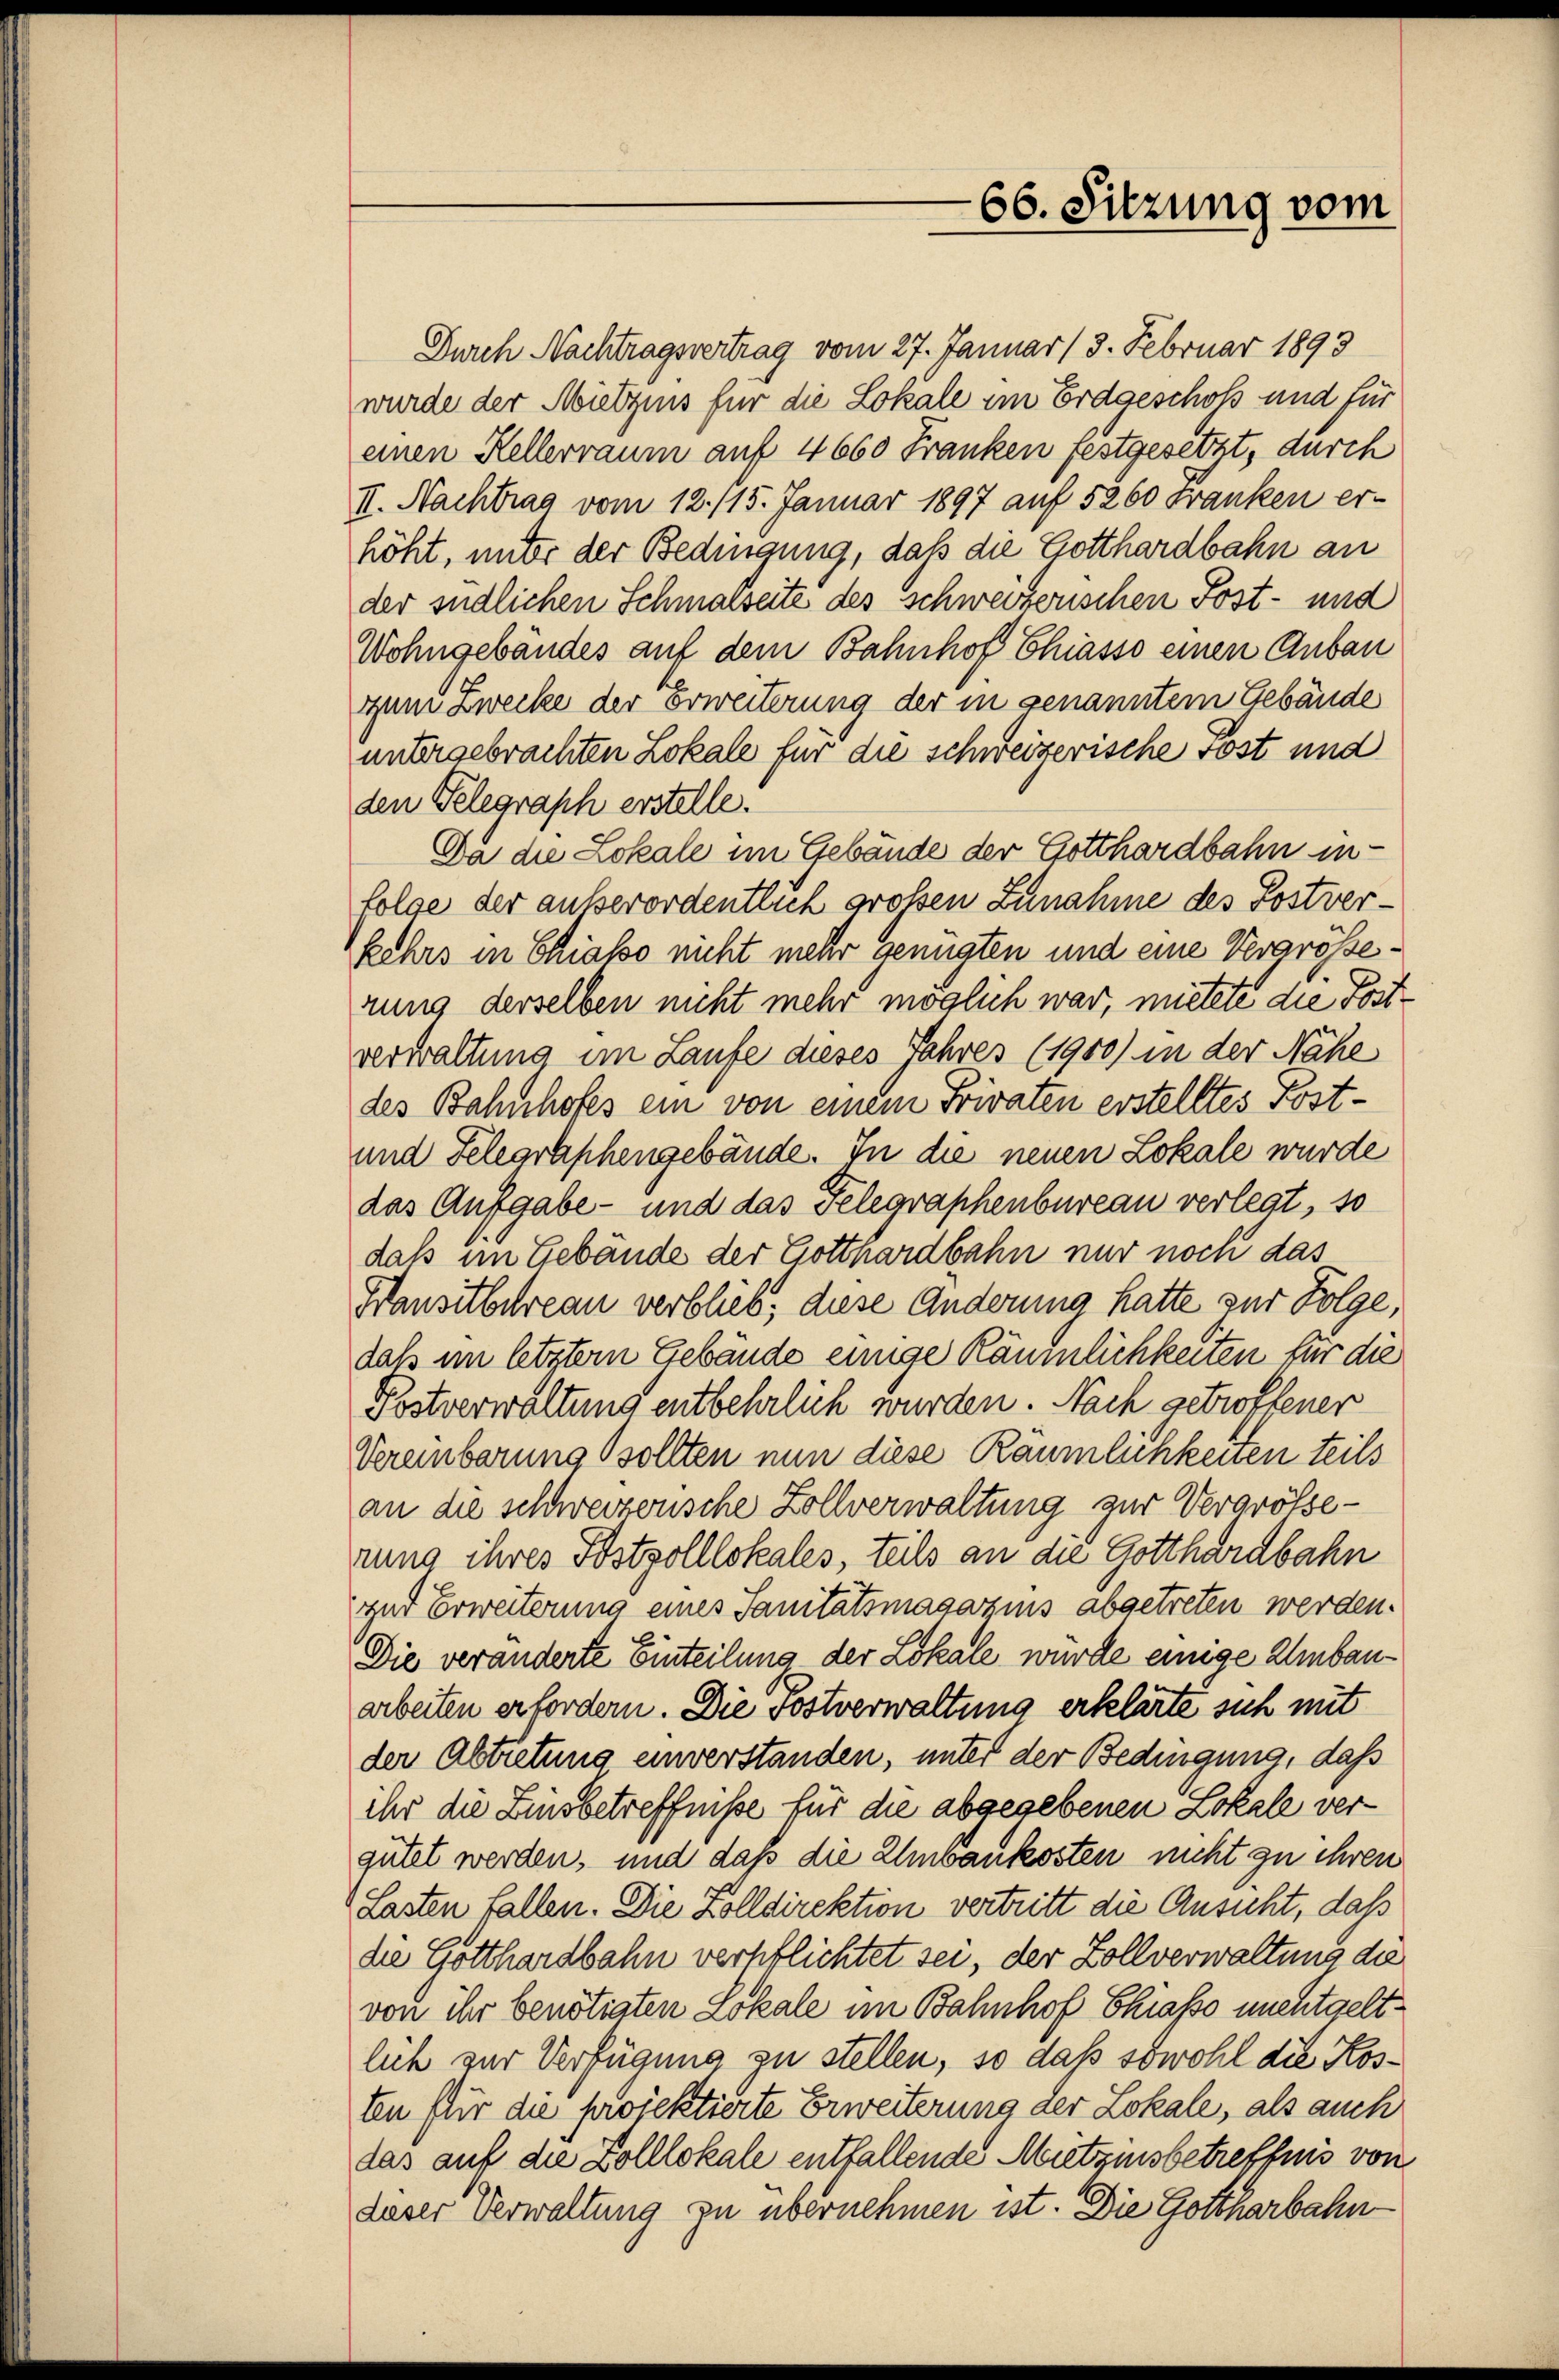
66. Sitzung vom

Durch Nachtragsvertrag vom 27. Januar (3. Februar 1893
wurde der Mietzins für die Lokale im Erdgeschoss und für
einen Kellerraum auf 4660 Franken festgesetzt, durch
II. Nachtrag vom 12./15. Januar 1897 auf 5260 Franken er-
höht, unter der Bedingung, daß die Gotthardbahn an
der endlichen Schmalseite des schweizerischen Post- und
Wohngebäudes auf dem Bahnhof Chiasso einen Anbau
zum Zwecke der Erweiterung der in genanntem Gebäude
untergebrachten Lokale für die schweizerische Post und
den Gelegraph erstelle.
Da die Lokale im Gebäude der Gotthardbahn in
folge der außerordentlich großen Zunahme des Postverkehrs in Chiasso nicht mehr genügten und eine Vergrösserung derselben nicht mehr möglich war, mietete die Postverwaltung im Laufe dieses Jahres (1900) in der Nähe
des Bahnhofes ein von einem Frivaten erstelltes Post¬
und Telegraphengebäude. In die neuen Lokale wurde
das Aufgabe - und das Telegraphenbureau verlegt, so
daß im Gebäude der Gotthardbahn nur noch das
Hansitbureau verblieb; diese Änderung hatte zur Folge,
daß im letztem Gebäude einige Räumlichkeiten für die
Postverwaltung entbehrlich wurden. Nach getroffener
Vereinbarung sollten nun diese Räumlichkeuen teils
an die schweizerische Zollverwaltung zur Vergrösserung ihres Postzolllokales, teils an die Gotthardbahn
und Erweiterung eines Sanitätsmagazins abgetreten werden.
Die veränderte Einteilung der Lokale wurde einige Umbauarbeiten erfordern. Die sostverwaltung erklärte sich mit
der Abtretung einverstanden, unter der Bedingung, daß
ihr die Zinsbetreffniße für die abgegebenen Lokale vergütet werden, und daß die Umbaukosten nicht zu ihren
Lasten fallen. Die Zolldirektion vertritt die Ansucht, daß
die Gotthardbahn verpflichtet sei, der Zollverwaltung die
von ihr benötigten Lokale im Bahnhof Chiasso nichtgeltlich zur Verfügung zu stellen, so daß sowohl die Kosten für die projektierte Erweiterung der Lokale, als auch
das auf die Zolllokale entfallende Mitzinsbetreffnis von
daser Verwaltung zu übernehmen ist. Die Gottharbahn